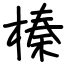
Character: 榛